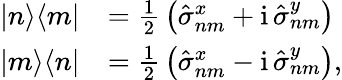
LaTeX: \begin{array}{rl}{|n\rangle\langle m|}&{={\frac{1}{2}}\left(\hat{\sigma}_{nm}^{x}+\mathrm{i}\, \hat{\sigma}_{nm}^{y}\right)}\\ {|m\rangle\langle n|}&{={\frac{1}{2}}\left(\hat{\sigma}_{nm}^{x}-\mathrm{i}\, \hat{\sigma}_{nm}^{y}\right),}\end{array}